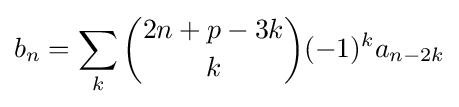
b_{n}=\sum _{k}{\binom {2n+p-3k}{k}}(-1)^{k}a_{n-2k}